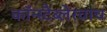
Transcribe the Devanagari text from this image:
कॉन्स्टैब्लेरवाच